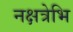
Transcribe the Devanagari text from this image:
नक्षत्रेभि